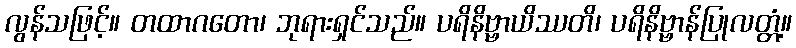
လွန်သဖြင့်။ တထာဂတော၊ ဘုရားရှင်သည်။ ပရိနိဗ္ဗာယိဿတိ၊ ပရိနိဗ္ဗာန်ပြုလတ္တံ့။